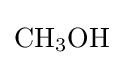
{\mathrm {CH} {\vphantom {A}}_{\smash[{t}]{3}}\mathrm {OH} }